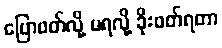
ပြောဖတ်လို့ မရလို့ ခိုးဖတ်ရတာ